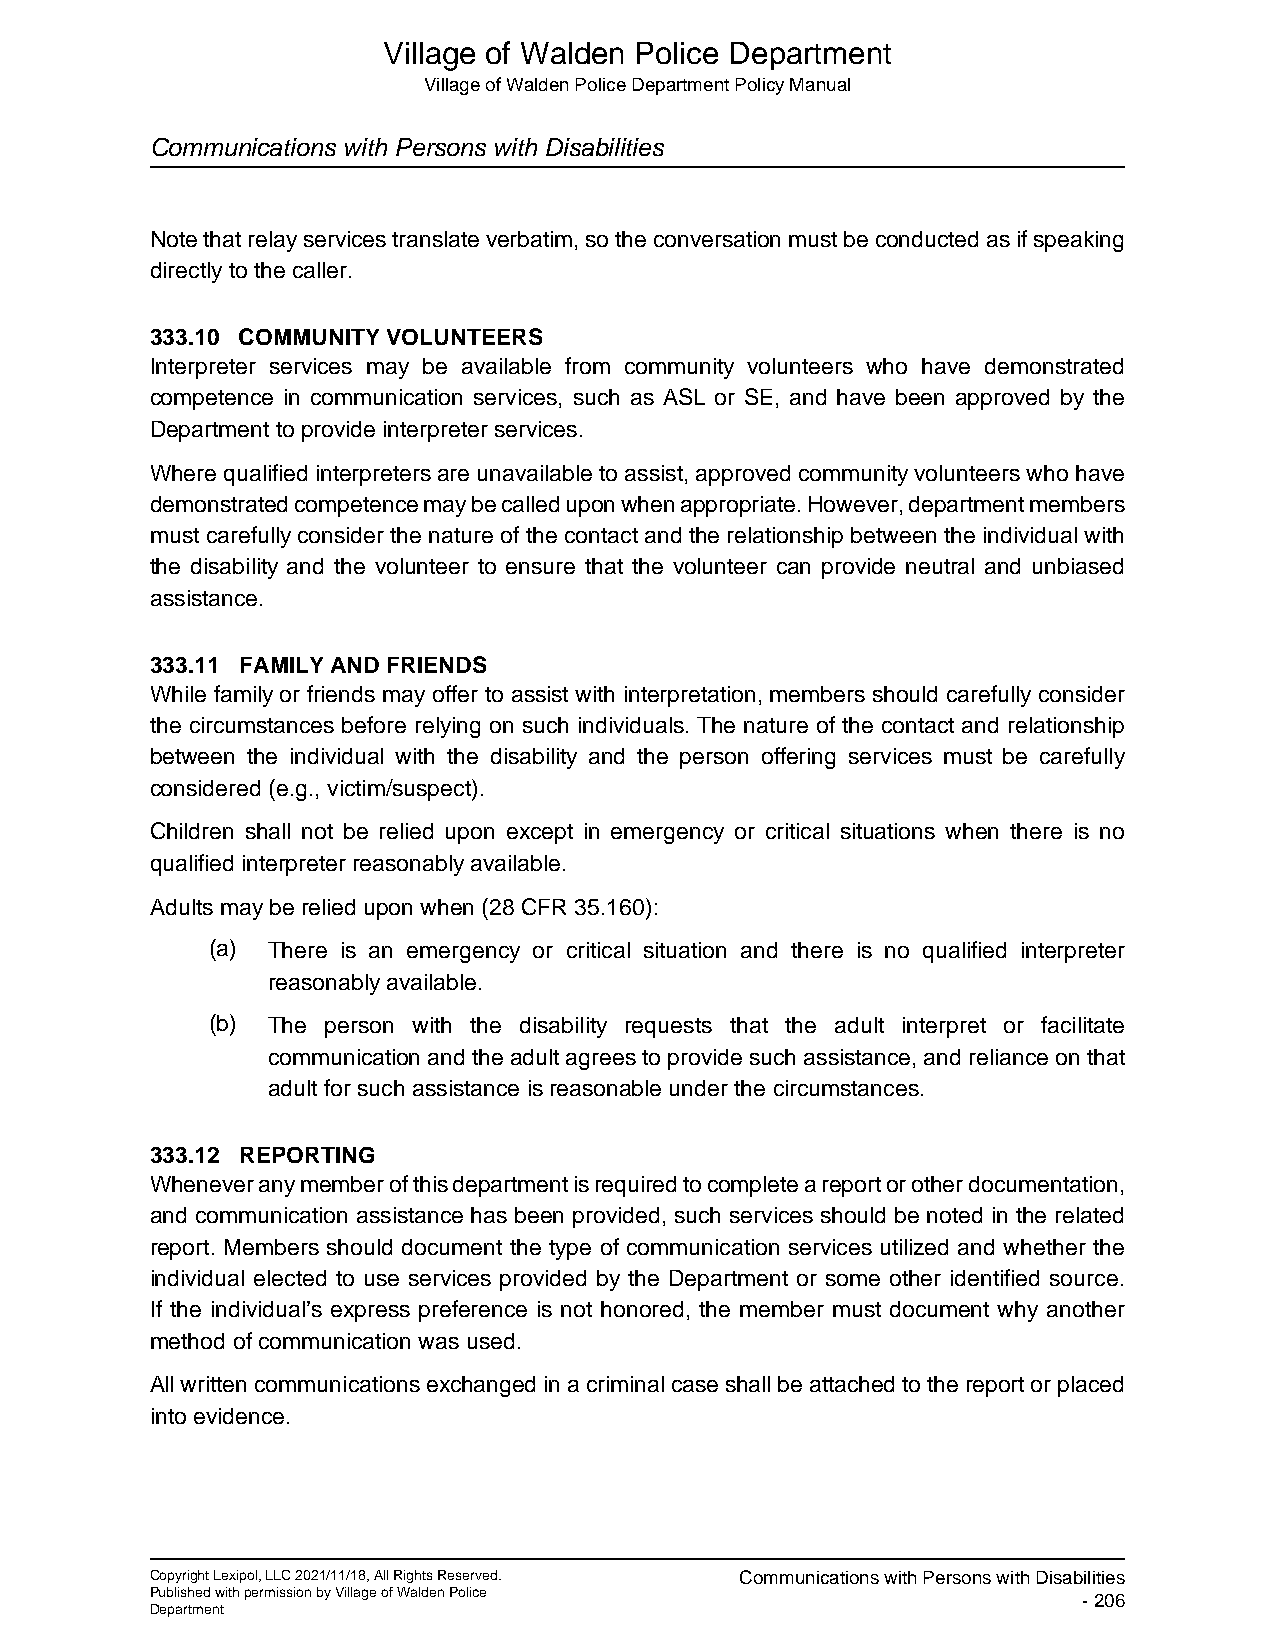
Village of Walden Police Department
 Village of Walden Police Department Policy Manual
 Communications with Persons with Disabilities
 Note that relay services translate verbatim, so the conversation must be conducted as if speaking
 directly to the caller.
 333.10 COMMUNITY VOLUNTEERS
 Interpreter services may be available from community volunteers who have demonstrated
 competence in communication services, such as ASL or SE, and have been approved by the
 Department to provide interpreter services.
 Where qualified interpreters are unavailable to assist, approved community volunteers who have
 demonstrated competence may be called upon when appropriate. However, department members
 must carefully consider the nature of the contact and the relationship between the individual with
 the disability and the volunteer to ensure that the volunteer can provide neutral and unbiased
 assistance.
 333.11 FAMILY AND FRIENDS
 While family or friends may offer to assist with interpretation, members should carefully consider
 the circumstances before relying on such individuals. The nature of the contact and relationship
 between the individual with the disability and the person offering services must be carefully
 considered (e.g., victim/suspect).
 Children shall not be relied upon except in emergency or critical situations when there is no
 qualified interpreter reasonably available.
 Adults may be relied upon when (28 CFR 35.160):
 (a) There is an emergency or critical situation and there is no qualified interpreter
 reasonably available.
 (b) The person with the disability requests that the adult interpret or facilitate
 communication and the adult agrees to provide such assistance, and reliance on that
 adult for such assistance is reasonable under the circumstances.
 333.12 REPORTING
 Whenever any member of this department is required to complete a report or other documentation,
 and communication assistance has been provided, such services should be noted in the related
 report. Members should document the type of communication services utilized and whether the
 individual elected to use services provided by the Department or some other identified source.
 If the individual’s express preference is not honored, the member must document why another
 method of communication was used.
 All written communications exchanged in a criminal case shall be attached to the report or placed
 into evidence.
 Copyright Lexipol, LLC 2021/11/18, All Rights Reserved. Communications with Persons with Disabilities
 Published with permission by Village of Walden Police         - 206
 Department